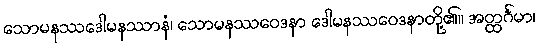
သောမနဿဒေါမနဿာနံ၊ သောမနဿဝေဒနာ ဒေါမနဿဝေဒနာတို့၏။ အတ္ထင်္ဂမာ၊